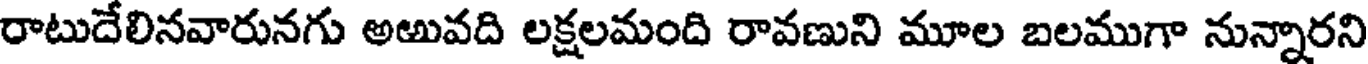
రాటుదేలినవారునగు అఱువది లక్షలమంది రావణుని మూల బలముగా నున్నారని